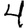
Digit: 4